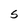
Character: S